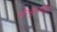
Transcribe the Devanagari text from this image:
सेल्युलॉईड